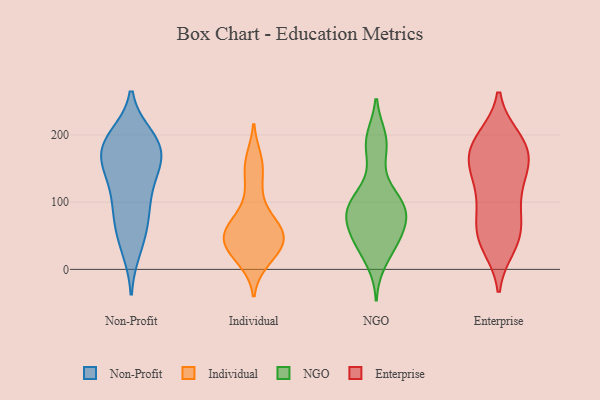
{"axis": {"x": "Satisfaction Score", "y": "Value"}, "legend": ["Enterprise", "Individual", "NGO", "Non-Profit"], "data": [{"x": "", "y": 79, "type": "Non-Profit"}, {"x": "", "y": 181, "type": "Non-Profit"}, {"x": "", "y": 137, "type": "Non-Profit"}, {"x": "", "y": 182, "type": "Non-Profit"}, {"x": "", "y": 184, "type": "Non-Profit"}, {"x": "", "y": 111, "type": "Non-Profit"}, {"x": "", "y": 43, "type": "Non-Profit"}, {"x": "", "y": 153, "type": "Non-Profit"}, {"x": "", "y": 155, "type": "Non-Profit"}, {"x": "", "y": 197, "type": "Non-Profit"}, {"x": "", "y": 143, "type": "Non-Profit"}, {"x": "", "y": 30, "type": "Non-Profit"}, {"x": "", "y": 194, "type": "Non-Profit"}, {"x": "", "y": 73, "type": "Non-Profit"}, {"x": "", "y": 183, "type": "Non-Profit"}, {"x": "", "y": 89, "type": "Non-Profit"}, {"x": "", "y": 26, "type": "Individual"}, {"x": "", "y": 52, "type": "Individual"}, {"x": "", "y": 58, "type": "Individual"}, {"x": "", "y": 35, "type": "Individual"}, {"x": "", "y": 51, "type": "Individual"}, {"x": "", "y": 150, "type": "Individual"}, {"x": "", "y": 71, "type": "Individual"}, {"x": "", "y": 61, "type": "Individual"}, {"x": "", "y": 14, "type": "Individual"}, {"x": "", "y": 110, "type": "Individual"}, {"x": "", "y": 33, "type": "Individual"}, {"x": "", "y": 162, "type": "Individual"}, {"x": "", "y": 12, "type": "NGO"}, {"x": "", "y": 74, "type": "NGO"}, {"x": "", "y": 125, "type": "NGO"}, {"x": "", "y": 195, "type": "NGO"}, {"x": "", "y": 94, "type": "NGO"}, {"x": "", "y": 178, "type": "NGO"}, {"x": "", "y": 90, "type": "NGO"}, {"x": "", "y": 47, "type": "NGO"}, {"x": "", "y": 101, "type": "NGO"}, {"x": "", "y": 41, "type": "NGO"}, {"x": "", "y": 85, "type": "NGO"}, {"x": "", "y": 81, "type": "NGO"}, {"x": "", "y": 92, "type": "NGO"}, {"x": "", "y": 192, "type": "NGO"}, {"x": "", "y": 50, "type": "NGO"}, {"x": "", "y": 39, "type": "NGO"}, {"x": "", "y": 34, "type": "Enterprise"}, {"x": "", "y": 166, "type": "Enterprise"}, {"x": "", "y": 148, "type": "Enterprise"}, {"x": "", "y": 81, "type": "Enterprise"}, {"x": "", "y": 102, "type": "Enterprise"}, {"x": "", "y": 194, "type": "Enterprise"}, {"x": "", "y": 196, "type": "Enterprise"}, {"x": "", "y": 184, "type": "Enterprise"}, {"x": "", "y": 112, "type": "Enterprise"}, {"x": "", "y": 75, "type": "Enterprise"}, {"x": "", "y": 170, "type": "Enterprise"}, {"x": "", "y": 172, "type": "Enterprise"}, {"x": "", "y": 52, "type": "Enterprise"}, {"x": "", "y": 145, "type": "Enterprise"}, {"x": "", "y": 41, "type": "Enterprise"}, {"x": "", "y": 39, "type": "Enterprise"}, {"x": "", "y": 154, "type": "Enterprise"}, {"x": "", "y": 196, "type": "Enterprise"}, {"x": "", "y": 59, "type": "Enterprise"}, {"x": "", "y": 129, "type": "Enterprise"}]}